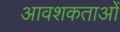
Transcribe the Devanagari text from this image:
आवशकताओं